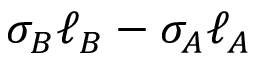
\sigma _ { B } \ell _ { B } - \sigma _ { A } \ell _ { A }